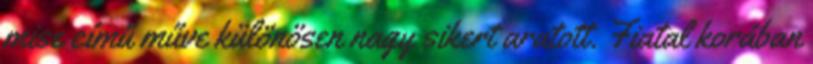
mise című műve különösen nagy sikert aratott. Fiatal korában